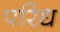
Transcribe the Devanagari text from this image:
परिध